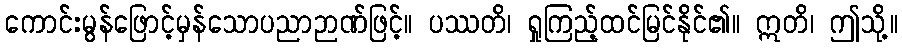
ကောင်းမွန်ဖြောင့်မှန်သောပညာဉာဏ်ဖြင့်။ ပဿတိ၊ ရှုကြည့်ထင်မြင်နိုင်၏။ ဣတိ၊ ဤသို့။